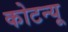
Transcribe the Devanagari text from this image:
कोटन्यू